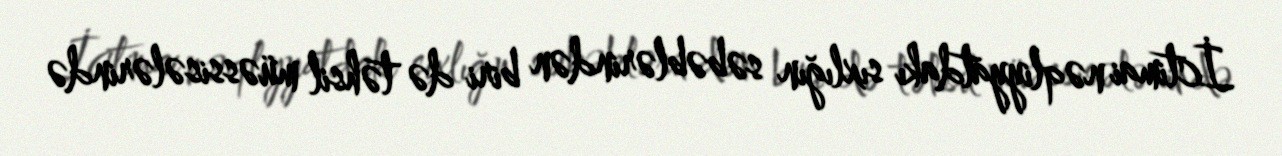
İctimai nəqliyyatdakı sıxlığın səbəblərindən biri də təhsil müəssisələrində